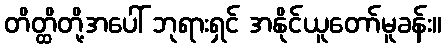
တိတ္ထိတို့အပေါ် ဘုရားရှင် အနိုင်ယူတော်မူခန်း။